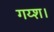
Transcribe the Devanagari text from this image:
गय्श।